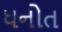
ધનોત